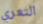
التعري